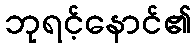
ဘုရင့်နောင်၏